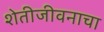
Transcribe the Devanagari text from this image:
शेतीजीवनाचा